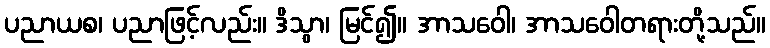
ပညာယစ၊ ပညာဖြင့်လည်း။ ဒိသွာ၊ မြင်၍။ အာသဝေါ၊ အာသဝေါတရားတို့သည်။